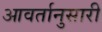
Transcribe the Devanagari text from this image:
आवर्तानुसारी